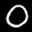
Label: 0